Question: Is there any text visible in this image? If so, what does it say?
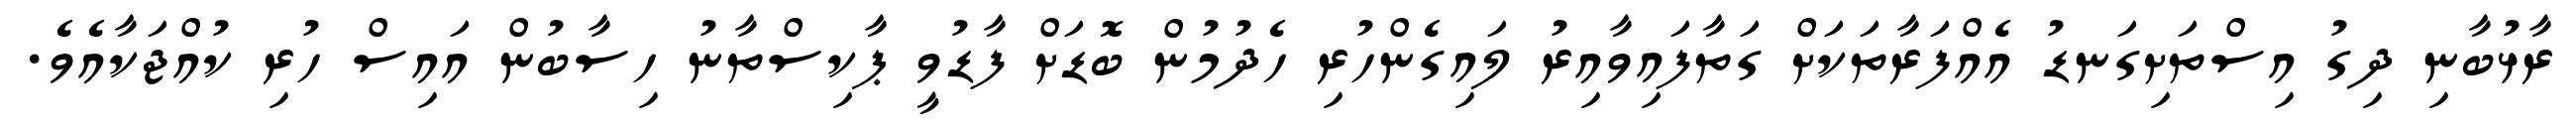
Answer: ރާޅުބާނި ދިގު އިސްތަށިގަނޑު އެއްފަރާތަކަށް ގަތާފައިވާއިރު ލައިގެންހުރި ހެދުމުން ބޮޑަށް ފާޑުވީ ޕާކިސްތާނު ހިސާބުން އައިސް ހުރި ކުއްޖަކާއެވެ.